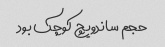
حجم ساندویچ کوچک بود